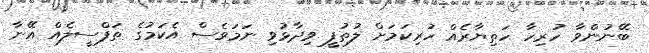
ބޭނުންވާ ހުރިހާ ހަތިޔާރެއް ހުރިކަމަށް ލުތުފީ ވިދާޅުވި ނަމަވެސް އެކަމުގެ ތަފްސީލެއް އޭނާ